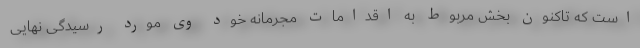
است که تاکنون بخش مربوط به اقدامات مجرمانه خود وی مورد رسیدگی نهایی